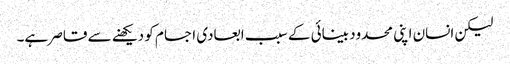
لیکن انسان اپنی محدود بینائی کے سبب ابعادی اجسام کو دیکھنے سے قاصر ہے۔